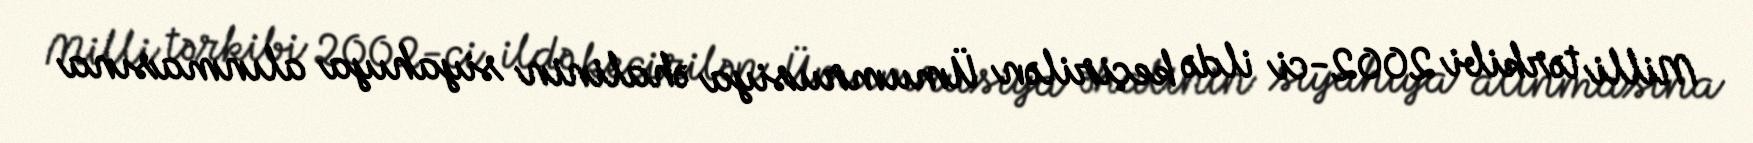
Milli tərkibi 2002-ci ildə keçirilən Ümumrusiya əhalinin siyahıya alınmasına